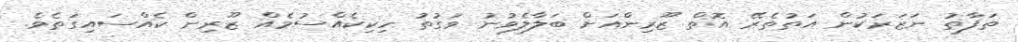
ތަފާތު ނަޒަރަކުން އަތުތެރޭ އޮތް ޒޫރިންއަށް ބަލާލެވުނު ވަގުތު ހިކިކެއްސުމެއް ޒޫރިން ކެއްސައިގަތެވެ.